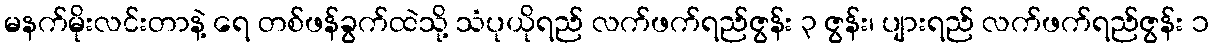
မနက်မိုးလင်းတာနဲ့ ရေ တစ်ဖန်ခွက်ထဲသို့ သံပုယိုရည် လက်ဖက်ရည်ဇွန်း ၃ ဇွန်း၊ ပျားရည် လက်ဖက်ရည်ဇွန်း ၁